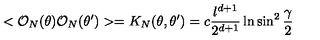
< { \cal O } _ { N } ( \theta ) { \cal O } _ { N } ( \theta ^ { \prime } ) > = K _ { N } ( \theta , \theta ^ { \prime } ) = c { \frac { l ^ { d + 1 } } { 2 ^ { d + 1 } } } \ln \sin ^ { 2 } { \frac { \gamma } { 2 } }